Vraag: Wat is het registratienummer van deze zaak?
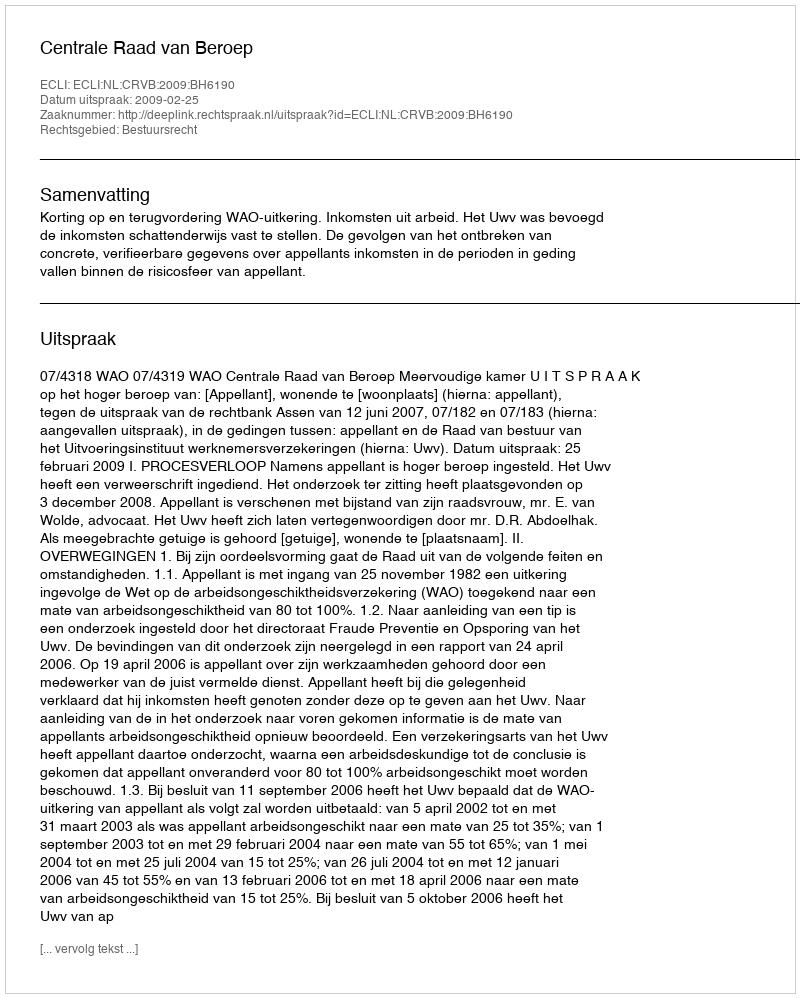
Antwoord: http://deeplink.rechtspraak.nl/uitspraak?id=ECLI:NL:CRVB:2009:BH6190